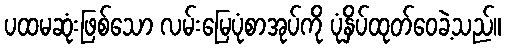
ပထမဆုံးဖြစ်သော လမ်းမြေပုံစာအုပ်ကို ပုံနှိပ်ထုတ်ဝေခဲ့သည်။